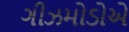
ગીઝમોડોએ